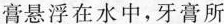
膏悬浮在水中，牙膏所